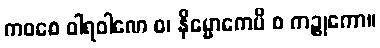
ကဝစေ ဝါရဝါဏေ စ၊ နိမ္မောကေပိ စ ကဉ္စုကော။